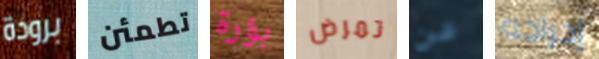
برودة تطمئن بؤرة تمرض عن إخراجه